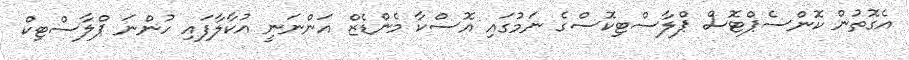
އެގޮތުން ކޮންސެޕްޓޮސް ޕްލާސްޓިކޮސްގެ ނަމުގައި އޮސްކާ މެންޑެޒް އަންނަނީ އުކާލާފައި ހުންނަ ޕްލާސްޓިކް